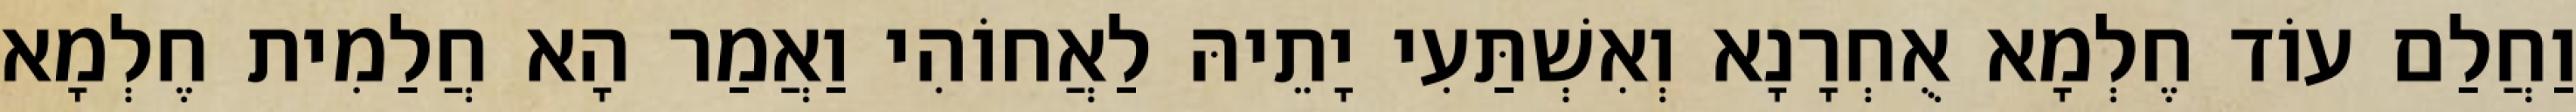
וַחֲלַם עוֹד חֶלְמָא אֻחְרָנָא וְאִשְׁתַּעִי יָתֵיהּ לַאֲחוֹהִי וַאֲמַר הָא חֲלַמִית חֶלְמָא